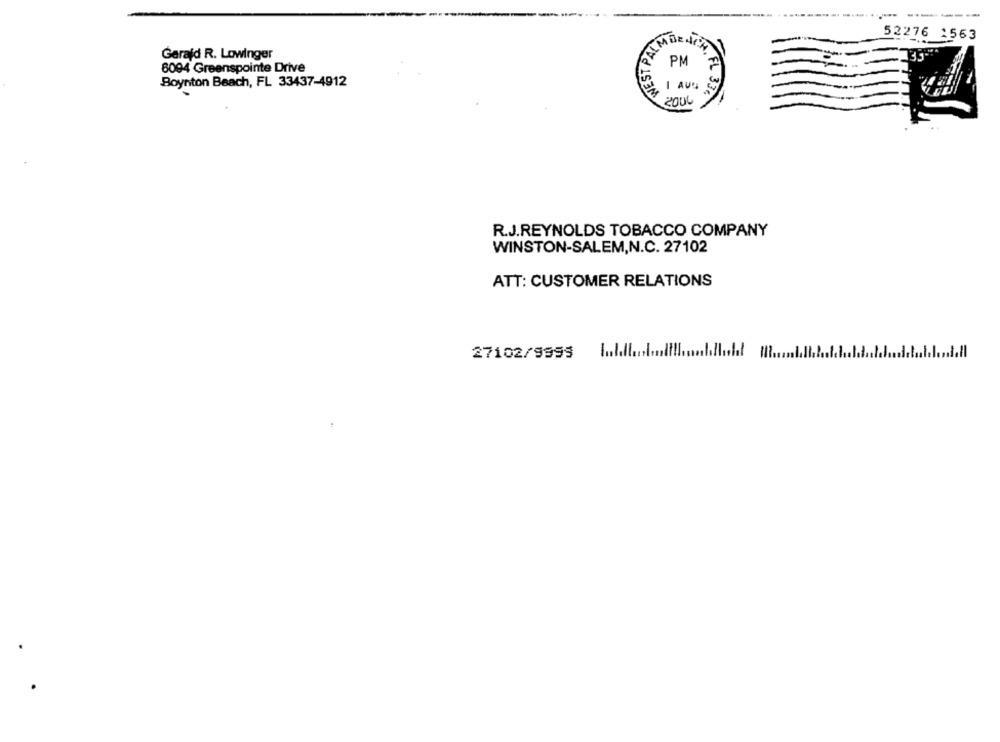
WEST PALM
52276 1563
Gerald R. Lowinger
PM
6094 Greenspointe Drive
Boynton Beach, FL 33437-4912
-
2000
FL 33.
R.J.REYNOLDS TOBACCO COMPANY
WINSTON-SALEM,N.C. 27102
ATT: CUSTOMER RELATIONS
27102/9999